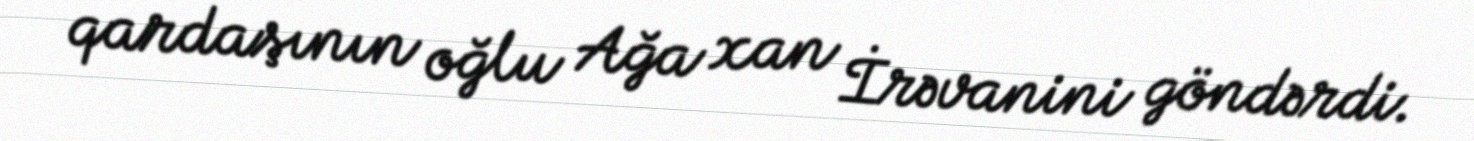
qardaşının oğlu Ağa xan İrəvanini göndərdi.